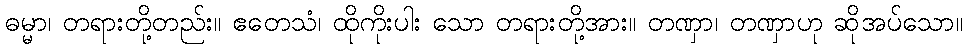
ဓမ္မာ၊ တရားတို့တည်း။ ဧတေသံ၊ ထိုကိုးပါး သော တရားတို့အား။ တဏှာ၊ တဏှာဟု ဆိုအပ်သော။